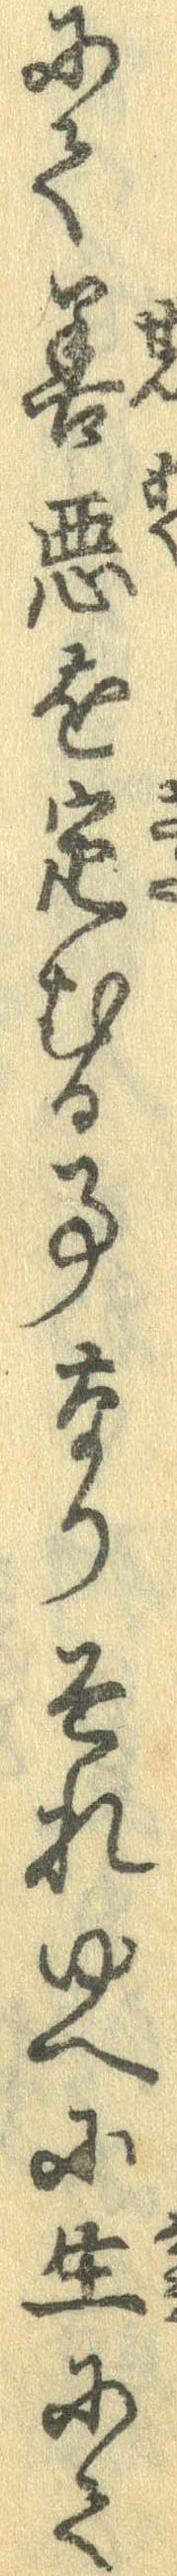
にて善悪を定むる事なりそれゆへに生にて